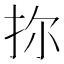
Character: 𪭧